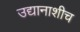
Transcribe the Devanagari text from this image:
उद्यानाशीच